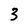
Character: 3